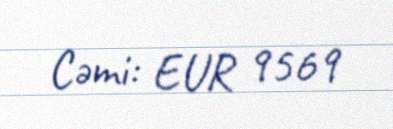
Cəmi: EUR 9569